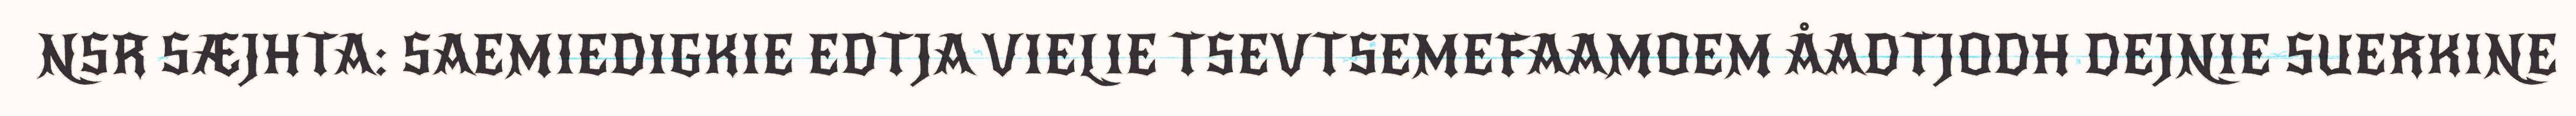
NSR SÆJHTA: SAEMIEDIGKIE EDTJA VIELIE TSEVTSEMEFAAMOEM ÅADTJODH DEJNIE SUERKINE